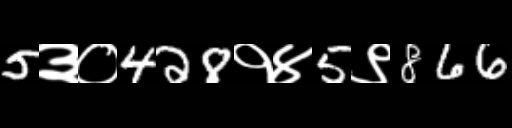
Text: 5३०428१४5९866